Bréfritari: Lárus Bjarnason
Dagsetning: A-1874-04-26
Skrifað á: Vesturheimi

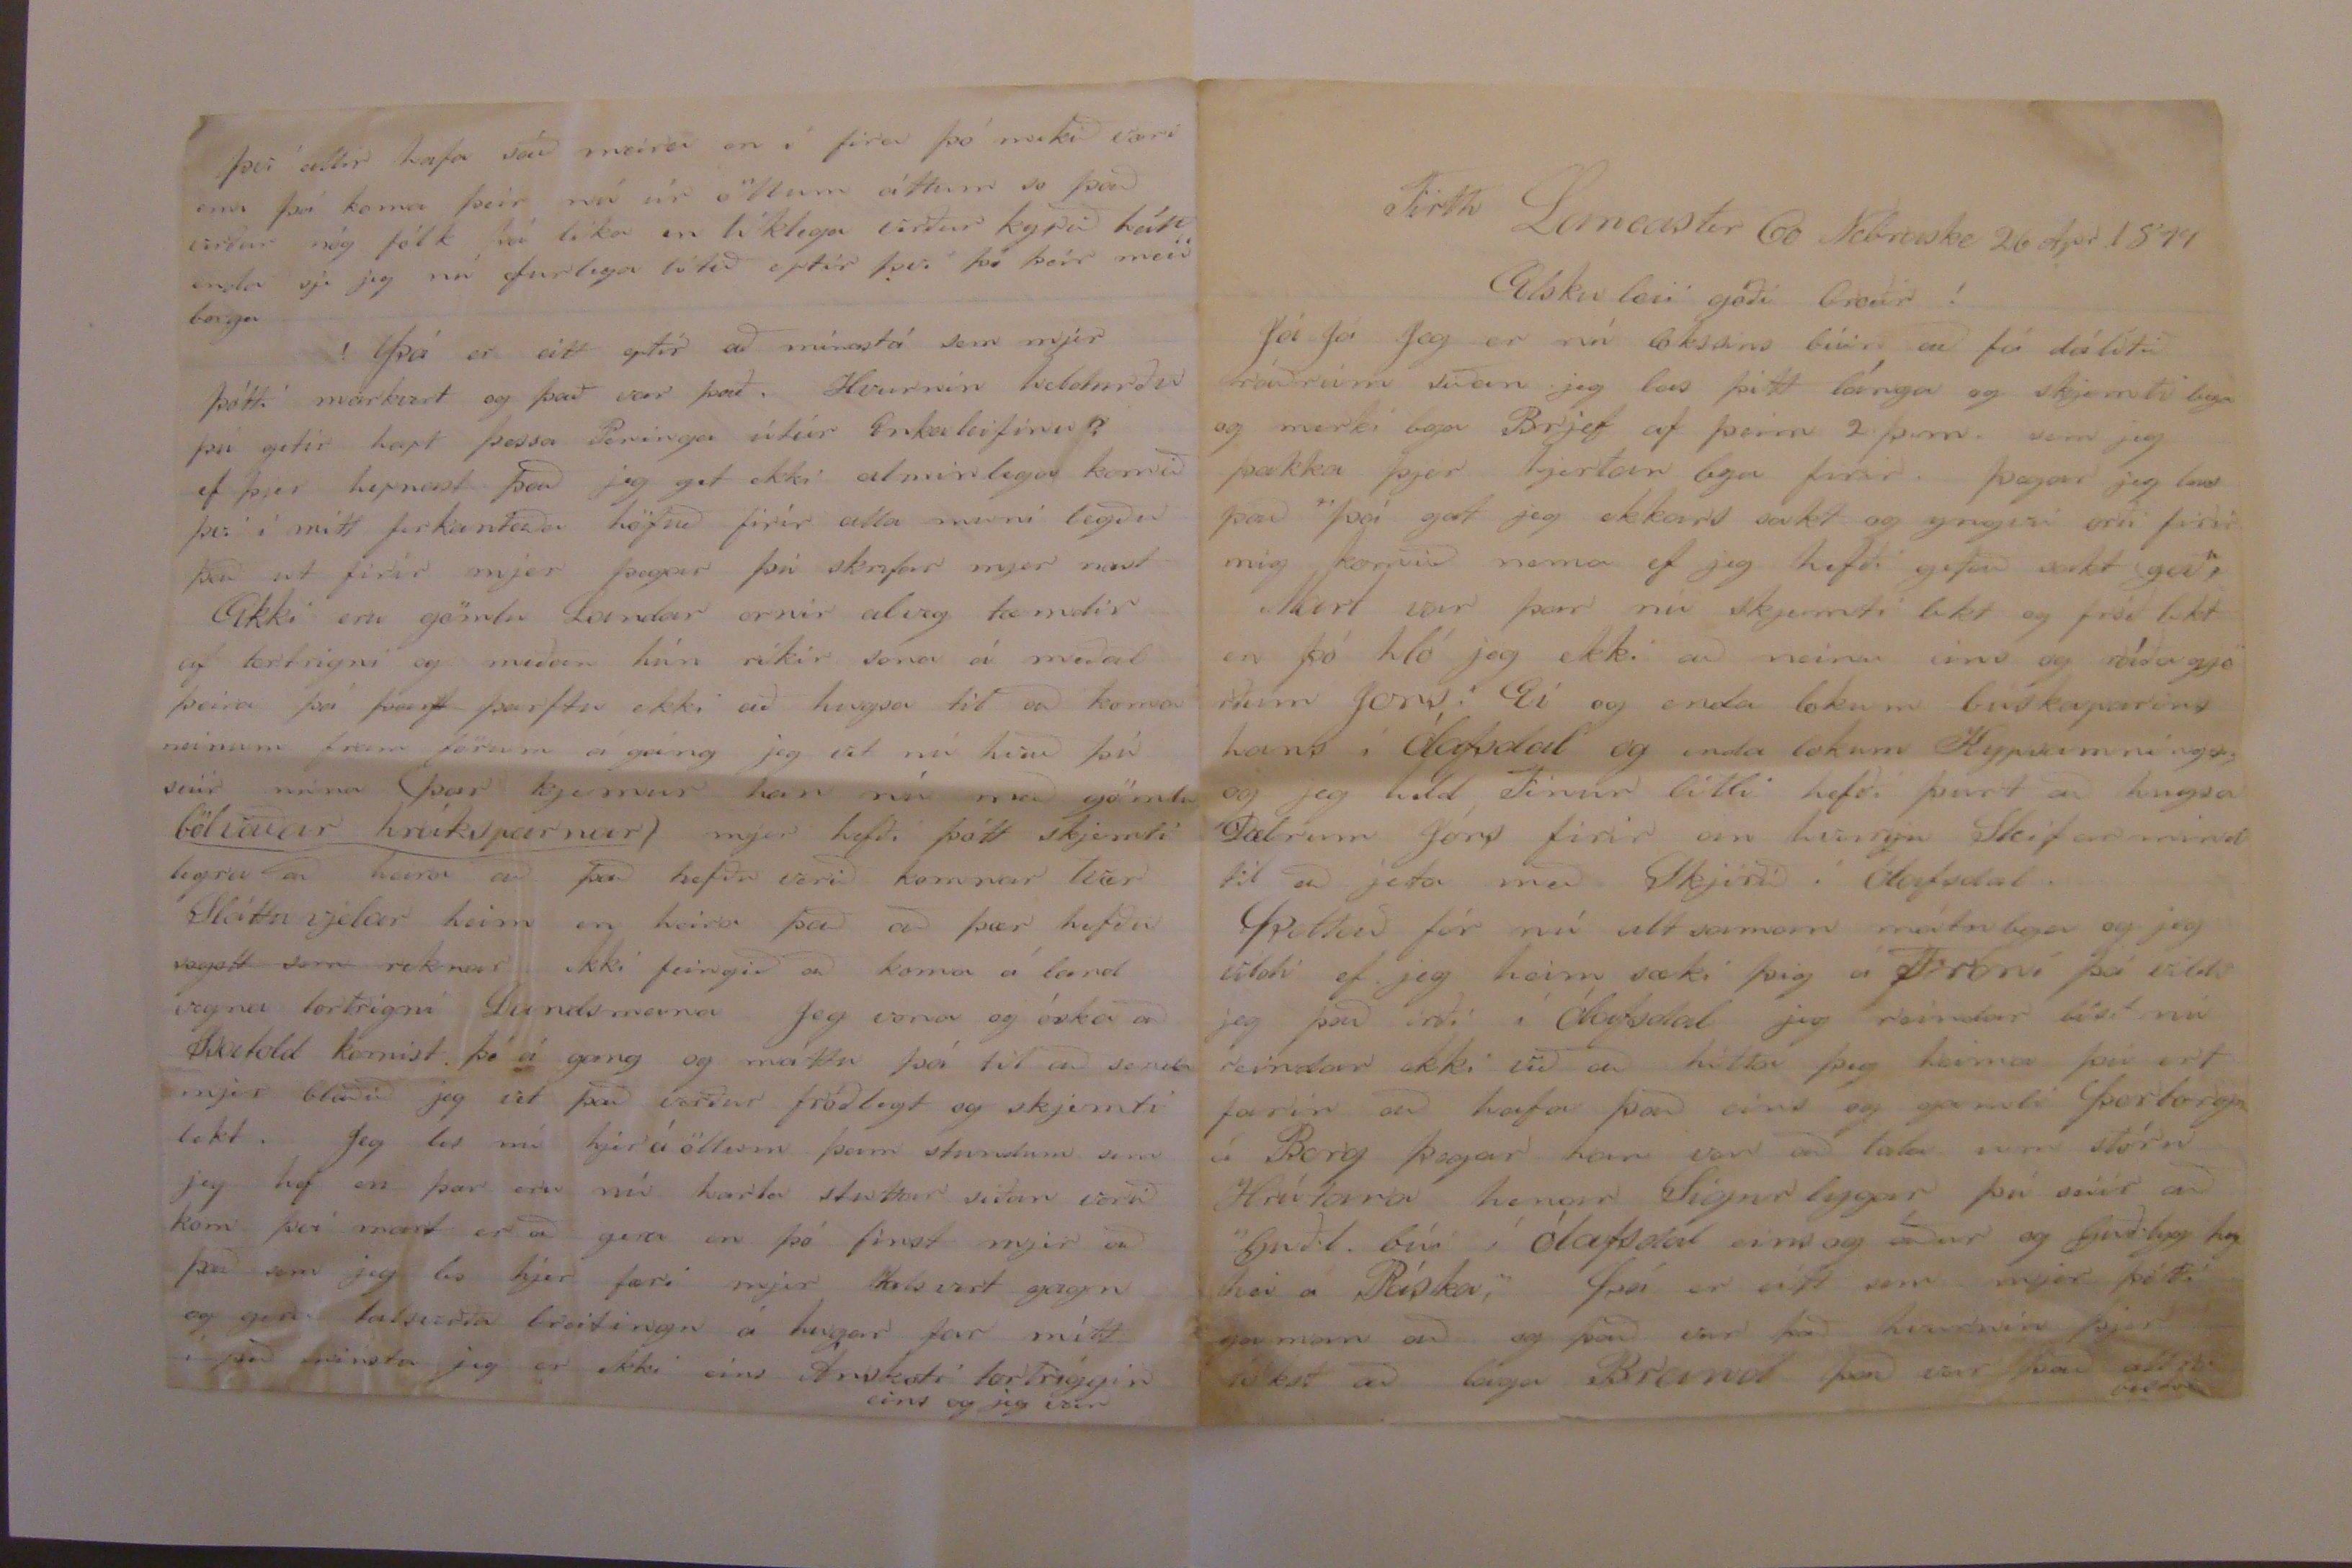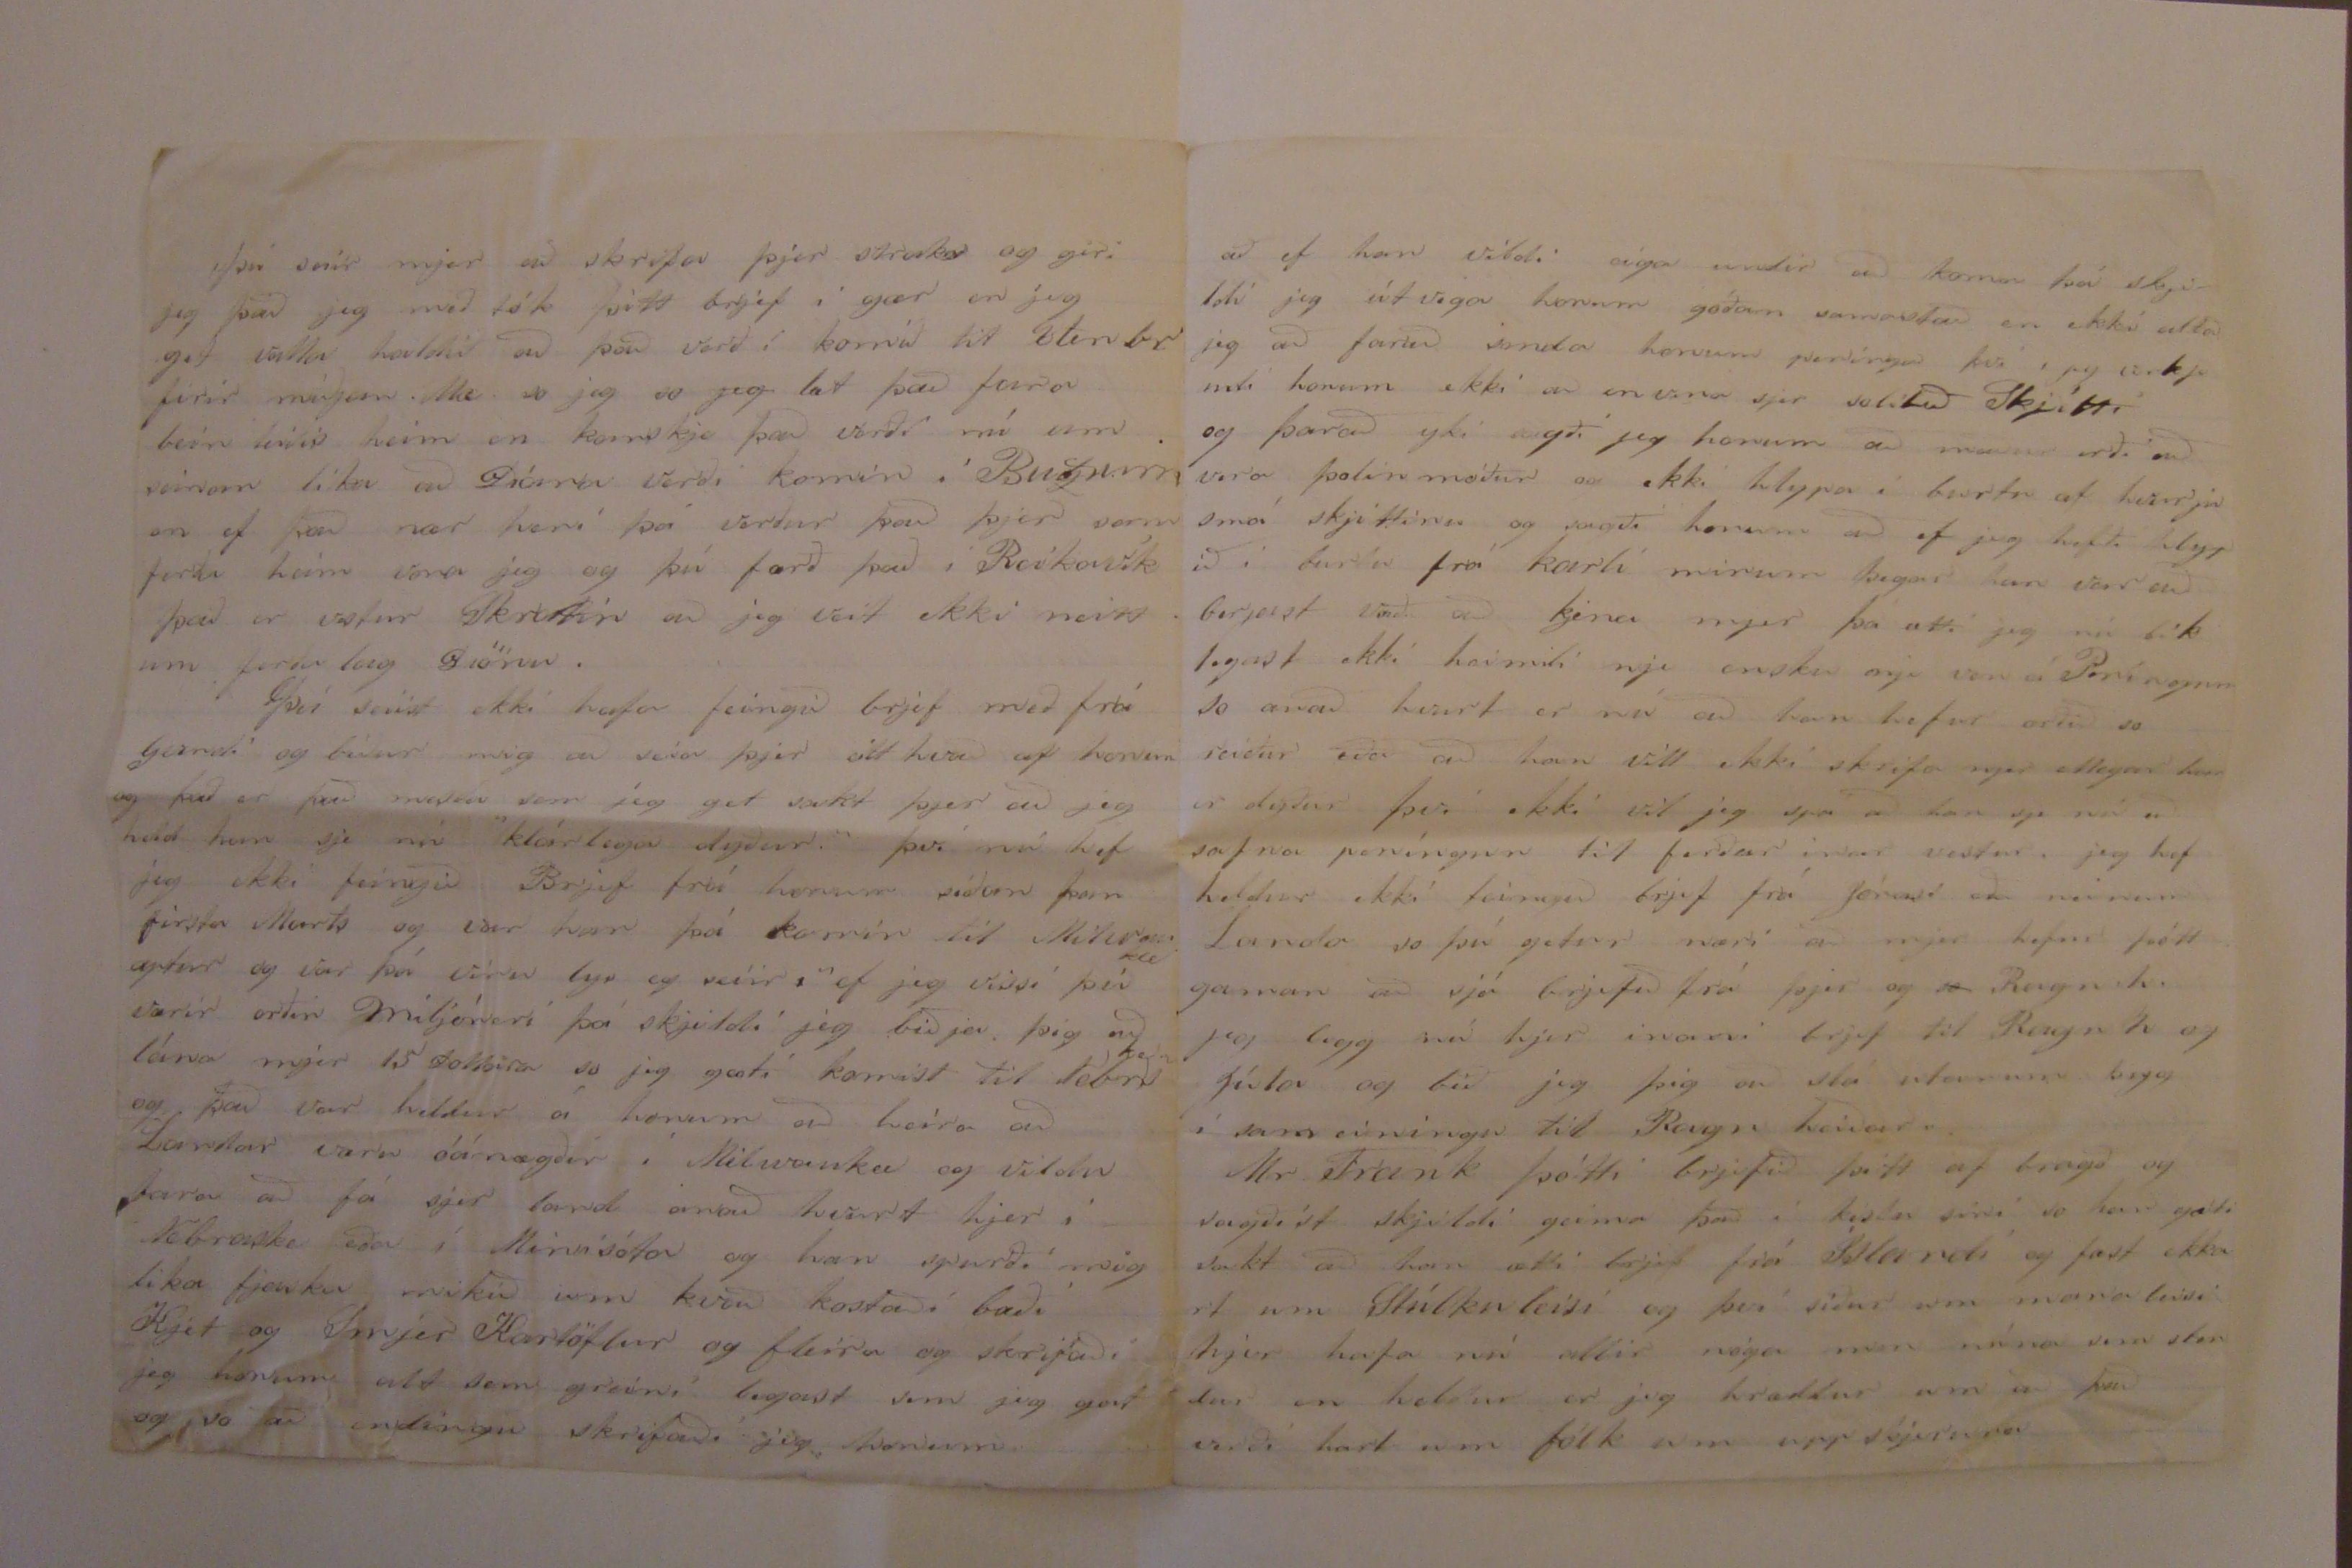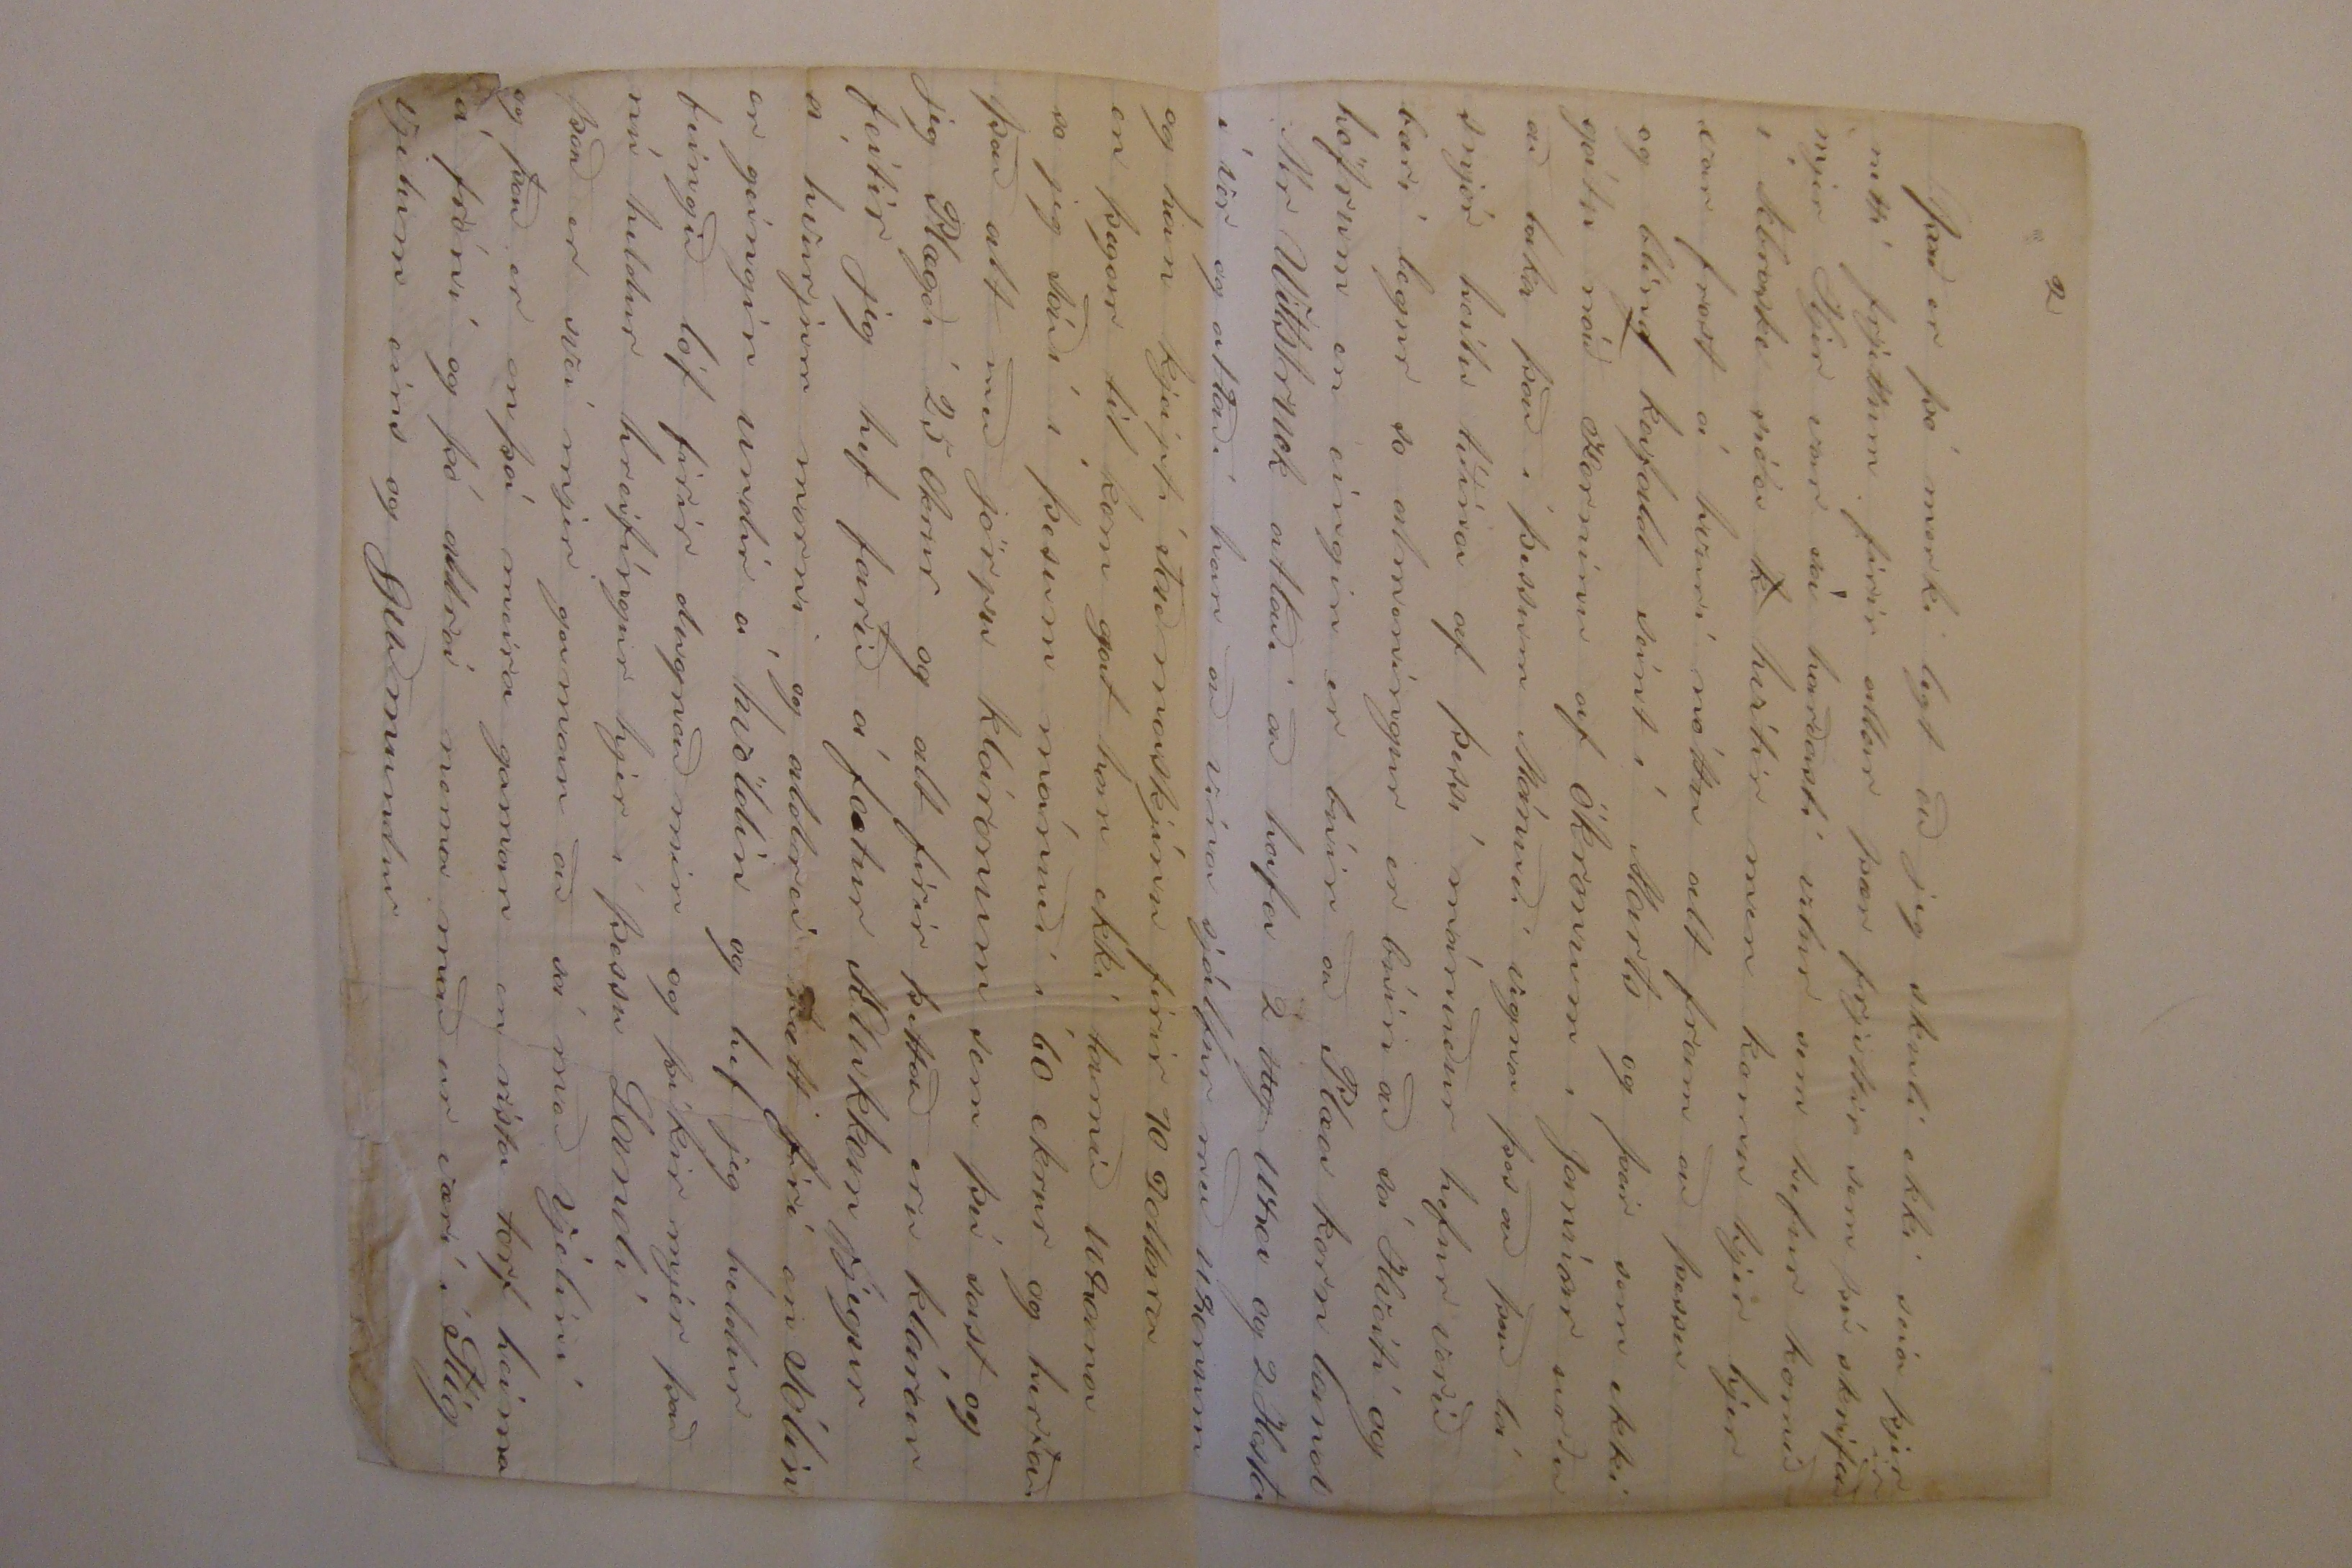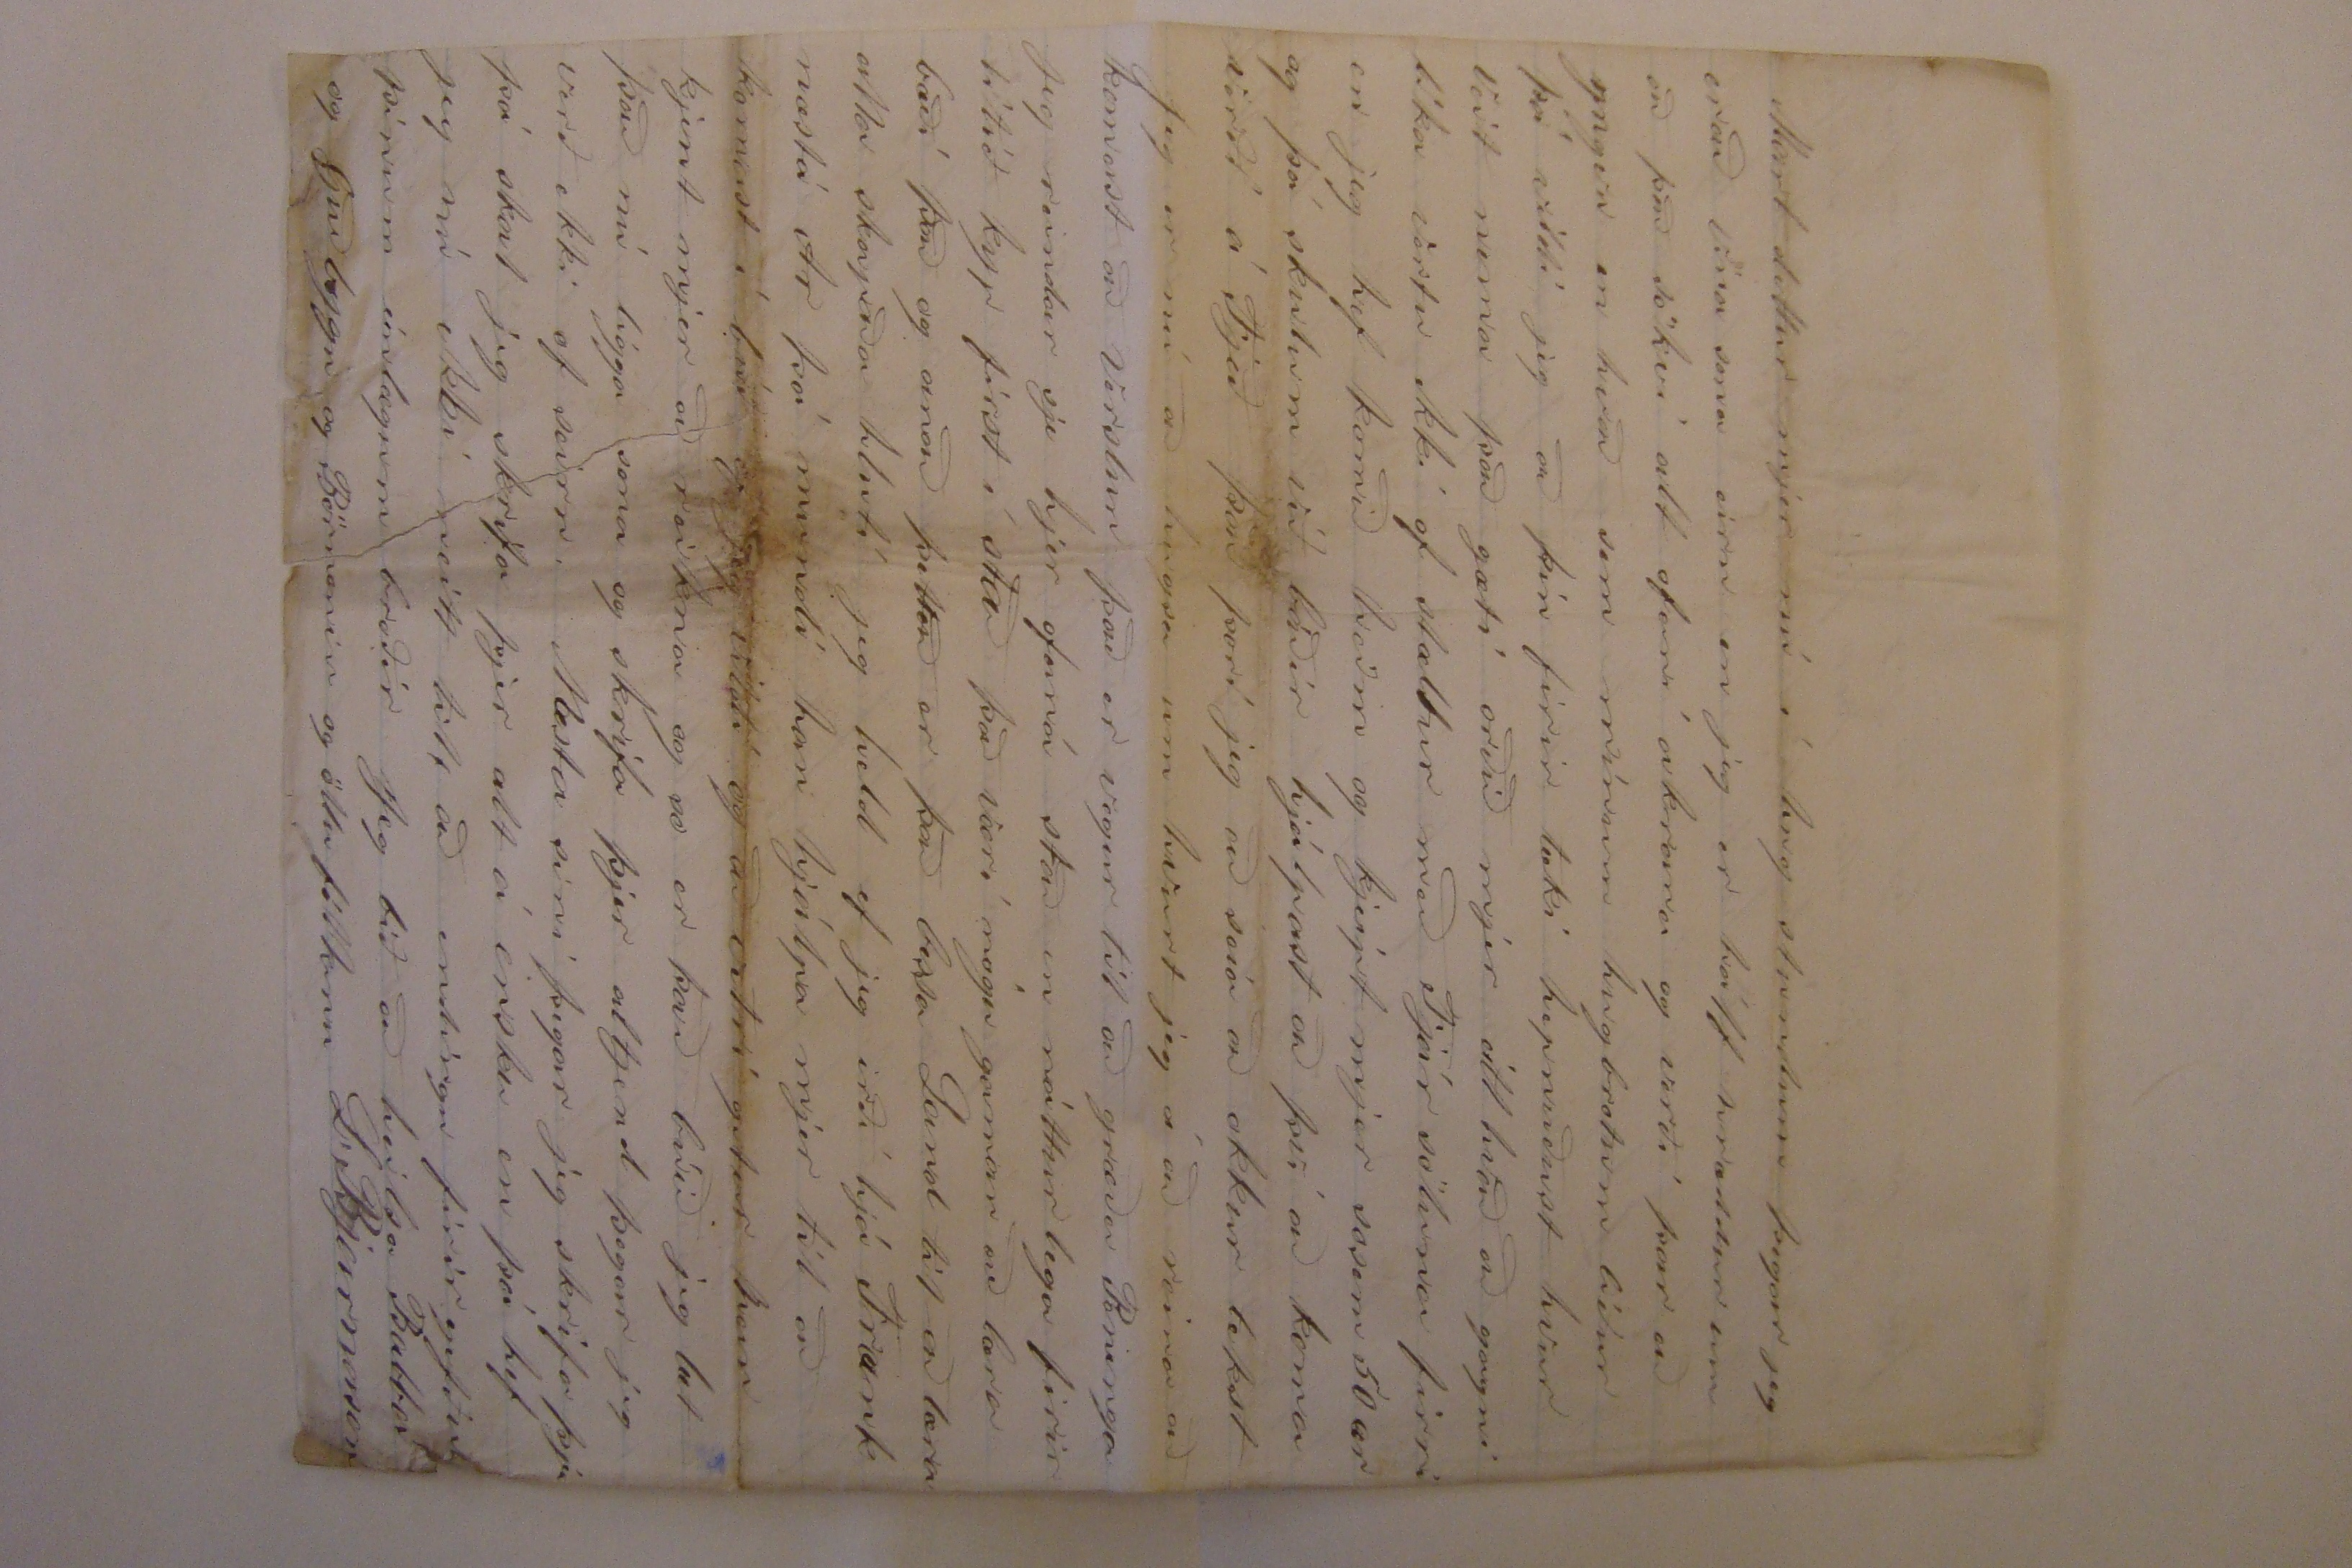

Firth Lancaster Co Nebraska 26 Apr. 1874
Elskulegi góði bróðir!
Já já jeg er nú loksins búin að fá dálítið
ró0ðrinn
síðan jeg las þitt lánga og skjemtilega og merki lega Brjef af þeim 2. þ.m. sem jeg þakka þjer hjartan lega firir. þegar jeg las það þá gat jeg ekkert sakt og yngvu orði firir mig komið nema ef jeg hefði getað sakt g00
Mart var þar nú skjemti lekt og fróð lekt en þó hló jeg ekki að neinu eins og ráðagjörðin Jons i Ei og enda lokum búskaparins hans í Ólafsdal og enda lokum
Kypsamnings
og jeg held Finur litli hefði þurt að hugsa Dætrum Jóns firir ein hvurju
Skreifar
mind til að jeta með Skjirið í Ólafsdal.
Þettað fór nú alt saman mátulega og jeg vildi jeg heim sæki þig á Fróni þá vildi jeg það irði í Ólafsdal jeg reindar bíst nú reindar ekki við að hitta þig heima þú ert farin að hafa það eins og gamli
þorbergu
á Borg þegar han var að tala um stóru Hrútana henar Sigurlygar þú seiir að "Guðl. búi í Ólafsdal eins og áður og Guðlyg 00
hei
á Páska," þá er eitt sem mjer þótti gaman að og það var það hvurnin þjer tókst að leiga Brand það var það allra besta
þú seiir mjer að skrifa þjer straks og geri jeg það jeg með tók þitt bjref í gær en jeg get valla haldið að það verði komið til 00000 firir miðjan Ma so jeg
so jeg
læt það fara bein línis heim en kanskje það verði nú um seinan líka að Díana verði komin í
Bugs000
en ef það nær heni þá verður það þjer sam ferða heim vona jeg og þú færð það í Reikavík það er vestur Skrollin að jeg veit ekki neitt um ferðalag Díönu.
Þú seiist ekki hafa feingið brjef með frá Gendi og biður mig að seia þjer eitthvað af honum og það er það mesta sem jeg get sakt þjer að jeg held han sje nú "klárlega dyður" því nú hef jeg ekki feingið Brjef frá honum síðan þan firsta Marts og var han þá komin til Milwau
kee
aptur og var þá vinu lys og seiir "ef jeg vissi þú værir orðin miljónari þá skjildi jeg biðja þig að lána mjer 15 dollara so jeg gæti komist til Nebrs og það var heldur á honum að heira að Landar væru óánægðir í Milwaukee og vildu fara að fá sjer land anað hvurt hjer í Nebraska eða í Minisóta og han spurði mig líka fjaska mikið um kvað kostaði bæði Kjet og Smjer Kartöflur og fleira og skrifaði jeg honum alt sem greini legast sem jeg gat og so að endingu skrifaði jeg honum
að ef han vildi eiga undir að koma þá skjildi jeg útvega honum góðan samastað en ekki atla jeg að farað senda honum peninga því jeg vorkjendi honum ekki að invina sjer svolitið
Skjitti
og þarað yki sagði jeg honum að maður irði að vera þolinmóður og ekki hlypa í burtu af hvurju smá
skjittinu
og sagði honum að ef jeg hefði hlypið í burtu frá karli mínum þegar han var að berjast við að kjena mjer þá atti jeg nú líklegast ekki heimili nje ensku nje von á Peníngum so anað hvurt er nú að han hefur orðið so reiður eða að han vill ekki skrifa mjer ellegar han er dyður því ekki vil jeg spá að han sje nú að safna peníngum til ferðarinar vestur jeg hef heldur ekki feingið brjef frá Jónasi eða neinum Landa so þú getur næri að mjer hefur þótt gaman að sjá brjefið frá þjer og
so
Ragnh. jeg legg nú hjer inani brjef til Ragnh og Júla og bið jeg þig að slá utanum þyg í sameiningu til Ragnheiðar.
Mr Frank þótti brjefið þitt af bragð og sagðist skjildi geima það í kistu sini so han gæti sakt að hann ætti brjef frá Íslandi og fæst ekkert um Stúlkuleisi og því síður um manaleisi hjer hafa nú allir nóga men núna sem stendur en heldur er jeg hræddur um að það verði hart um fólk um uppskjeruna
því allir hafa sáð meira en í fira þó mikið væri enn þá koma þeir nú úr öllum áttum so það verður nóg fólk þá líka en líklega verður kypið hátt enda sje jeg nú ofurlega lítið eptir því þó þeir meii borga.
þá er eitt eptir að minastá sem mjer þótti merkvert og það var það. Hvurnin heldurðu þú getir hapt þessa Peninga útúr Enkaleifinu? ef þjer hepnast það jeg get ekki alminlega komið því í mitt ferkantaða höfuð firir alla muni legðu það ut firir mjer þegar þú skrifar mjer næst
Ekki eru gömlu Landar ornir alveg tæmdir af tortrigni og meðán hún ríkir sona á meðal þeira þá
þarf
þarftu ekki að hugsa til að koma neinum fram förum á gáng jeg vet nú hvað þú seiir núna (þar kjemur han nú með gömlu
bölvaðar hraksparnar
) mjer hefði þótt skjemtilegra að heira að það hefðu verið komnar tvær Sláttuvjelar heim en heira það að þær hefðu
sag000
sem reknar
ekki feingið að koma á land vegna tortrigni Landsmana Jeg vona og óska að Isafold komist þá á gang og máttu þá til að senda mjer blaðið jeg vet það verður fróðlegt og skjemtilegt. Jeg les nú hjer á öllum þeim stundum sem jeg hef en þær eru nú harla stuttar síðan vorið kom því mart er að gera en þó finst mjer að það sem jeg les hjer færi mjer talsvert gagn og gera talsverða breitingu á hugar far mitt í það minsta jeg er ekki eins Anskoti tortriggin eins og jeg var
það er þá merki legt að jeg skuli ekki seia þjer nett í frjettum firir allar þær frjettir sem þú skrifað
ir
mjer Hjer var sá harðasti vetur sem hefur komið í Nebraska síðan
k
hvítir me komu hjer hjer var frost á hvuri nóttu alt fram að þessu og blind kafald seint í Marts og þeir sem ekki gátu náð Korninu af ökronum í Janúar urðu að taka það í þessum mánuði vegna þes að það lá snjór heilu tíðina af þessi mánuður hefur verið bæri legur so almeningur er búin að sá Hveiti og höfrum en eingin er búin að Plæa korn land Mr
Wittstruck
atlaði að hafa 2
ug
uxa og 2 Hesta í vor og atlaði han að vina sjálfur með uxonum og han kjeipti saðmaskjínu firir
70
dollara en þegar til kom gat han ekki tamið uxana so jeg sáði í þessum mánuði í 60 ekrur og
herfaði
það alt með jörpu kláronum sem þú sast og jeg Plægði 25 Ekrur og alt firir þettað eru klárar feitir jeg hef farið á fætur Klukkan fjegur á hvurjum morni og aldrei hætt firi en sólin er geingin undir á kvöldin og hef jeg heldur feingið lof firir dugnað min og þikir mjer það nú heldur hreifíngur hjer í þessu Landi það er svei mjer gaman að sá með vjelini og það er enþá meira gaman að rista torf heima á fróni og þó aldrei nema maður væri í Stigvjelum eins og guðmundur
Mart dettur mjer nú í hug stundum þegar jeg er að vina sona eirn en jeg er hálf hræddur um að það sökvi alt ofaní akrana og verði þar að yngvu en hvað sem mínum hugbrotum líður þá vildi jeg að þín firir taki hepnuðust hvur veit nema það gæti orðið mjer eitthvað að gagni líka vertu ekki of stæltur með Fjár söluna firri en jeg hef komið heim og kjeipt mjer sosem 50 ær og þá skulum við báðir hjálpast að því að koma verði á Fjeð það þori jeg að seia að okkur tekst
Jeg er nú að hugsa um hvurt jeg á að reina að komast að verslun það er vegur til að græða Peninga jeg reindar sje hjer ofaná stað en nátturlega firir lítið kyp first í stað það væri nógu gaman að læra bæði það og anað þettað er það besta Land til að læra alla skapaða hluti jeg held ef jeg irði hjá Frank næstá Ar þá mundi han hjálpa mjer til að komast í búð ef jeg vildi og að vetri getur han kjent mjer að reikna og no er það búið jeg læt það nú ligga sona og skrifa þjer altjent þegar jeg verð ekki of seirn.
Næsta
sini þegar jeg skrifa þjer þá skal jeg skrifa þjer alt á ensku en þá hef jeg nú ekki neitt til að endingu firir gefðu þínum einlægum broðir Jeg bið að heilsa Babba og Guðlygu og Börnonum og öllu folkinu L. Bjarnason